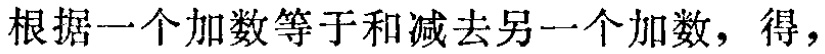
根据一个加数等于和减去另一个加数，得，